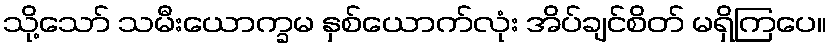
သို့သော် သမီးယောက္ခမ နှစ်ယောက်လုံး အိပ်ချင်စိတ် မရှိကြပေ။